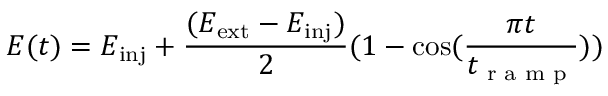
E ( t ) = E _ { \mathrm { i n j } } + \frac { ( E _ { \mathrm { e x t } } - E _ { \mathrm { i n j } } ) } { 2 } ( 1 - \cos ( \frac { \pi t } { t _ { \textrm { r a m p } } } ) )